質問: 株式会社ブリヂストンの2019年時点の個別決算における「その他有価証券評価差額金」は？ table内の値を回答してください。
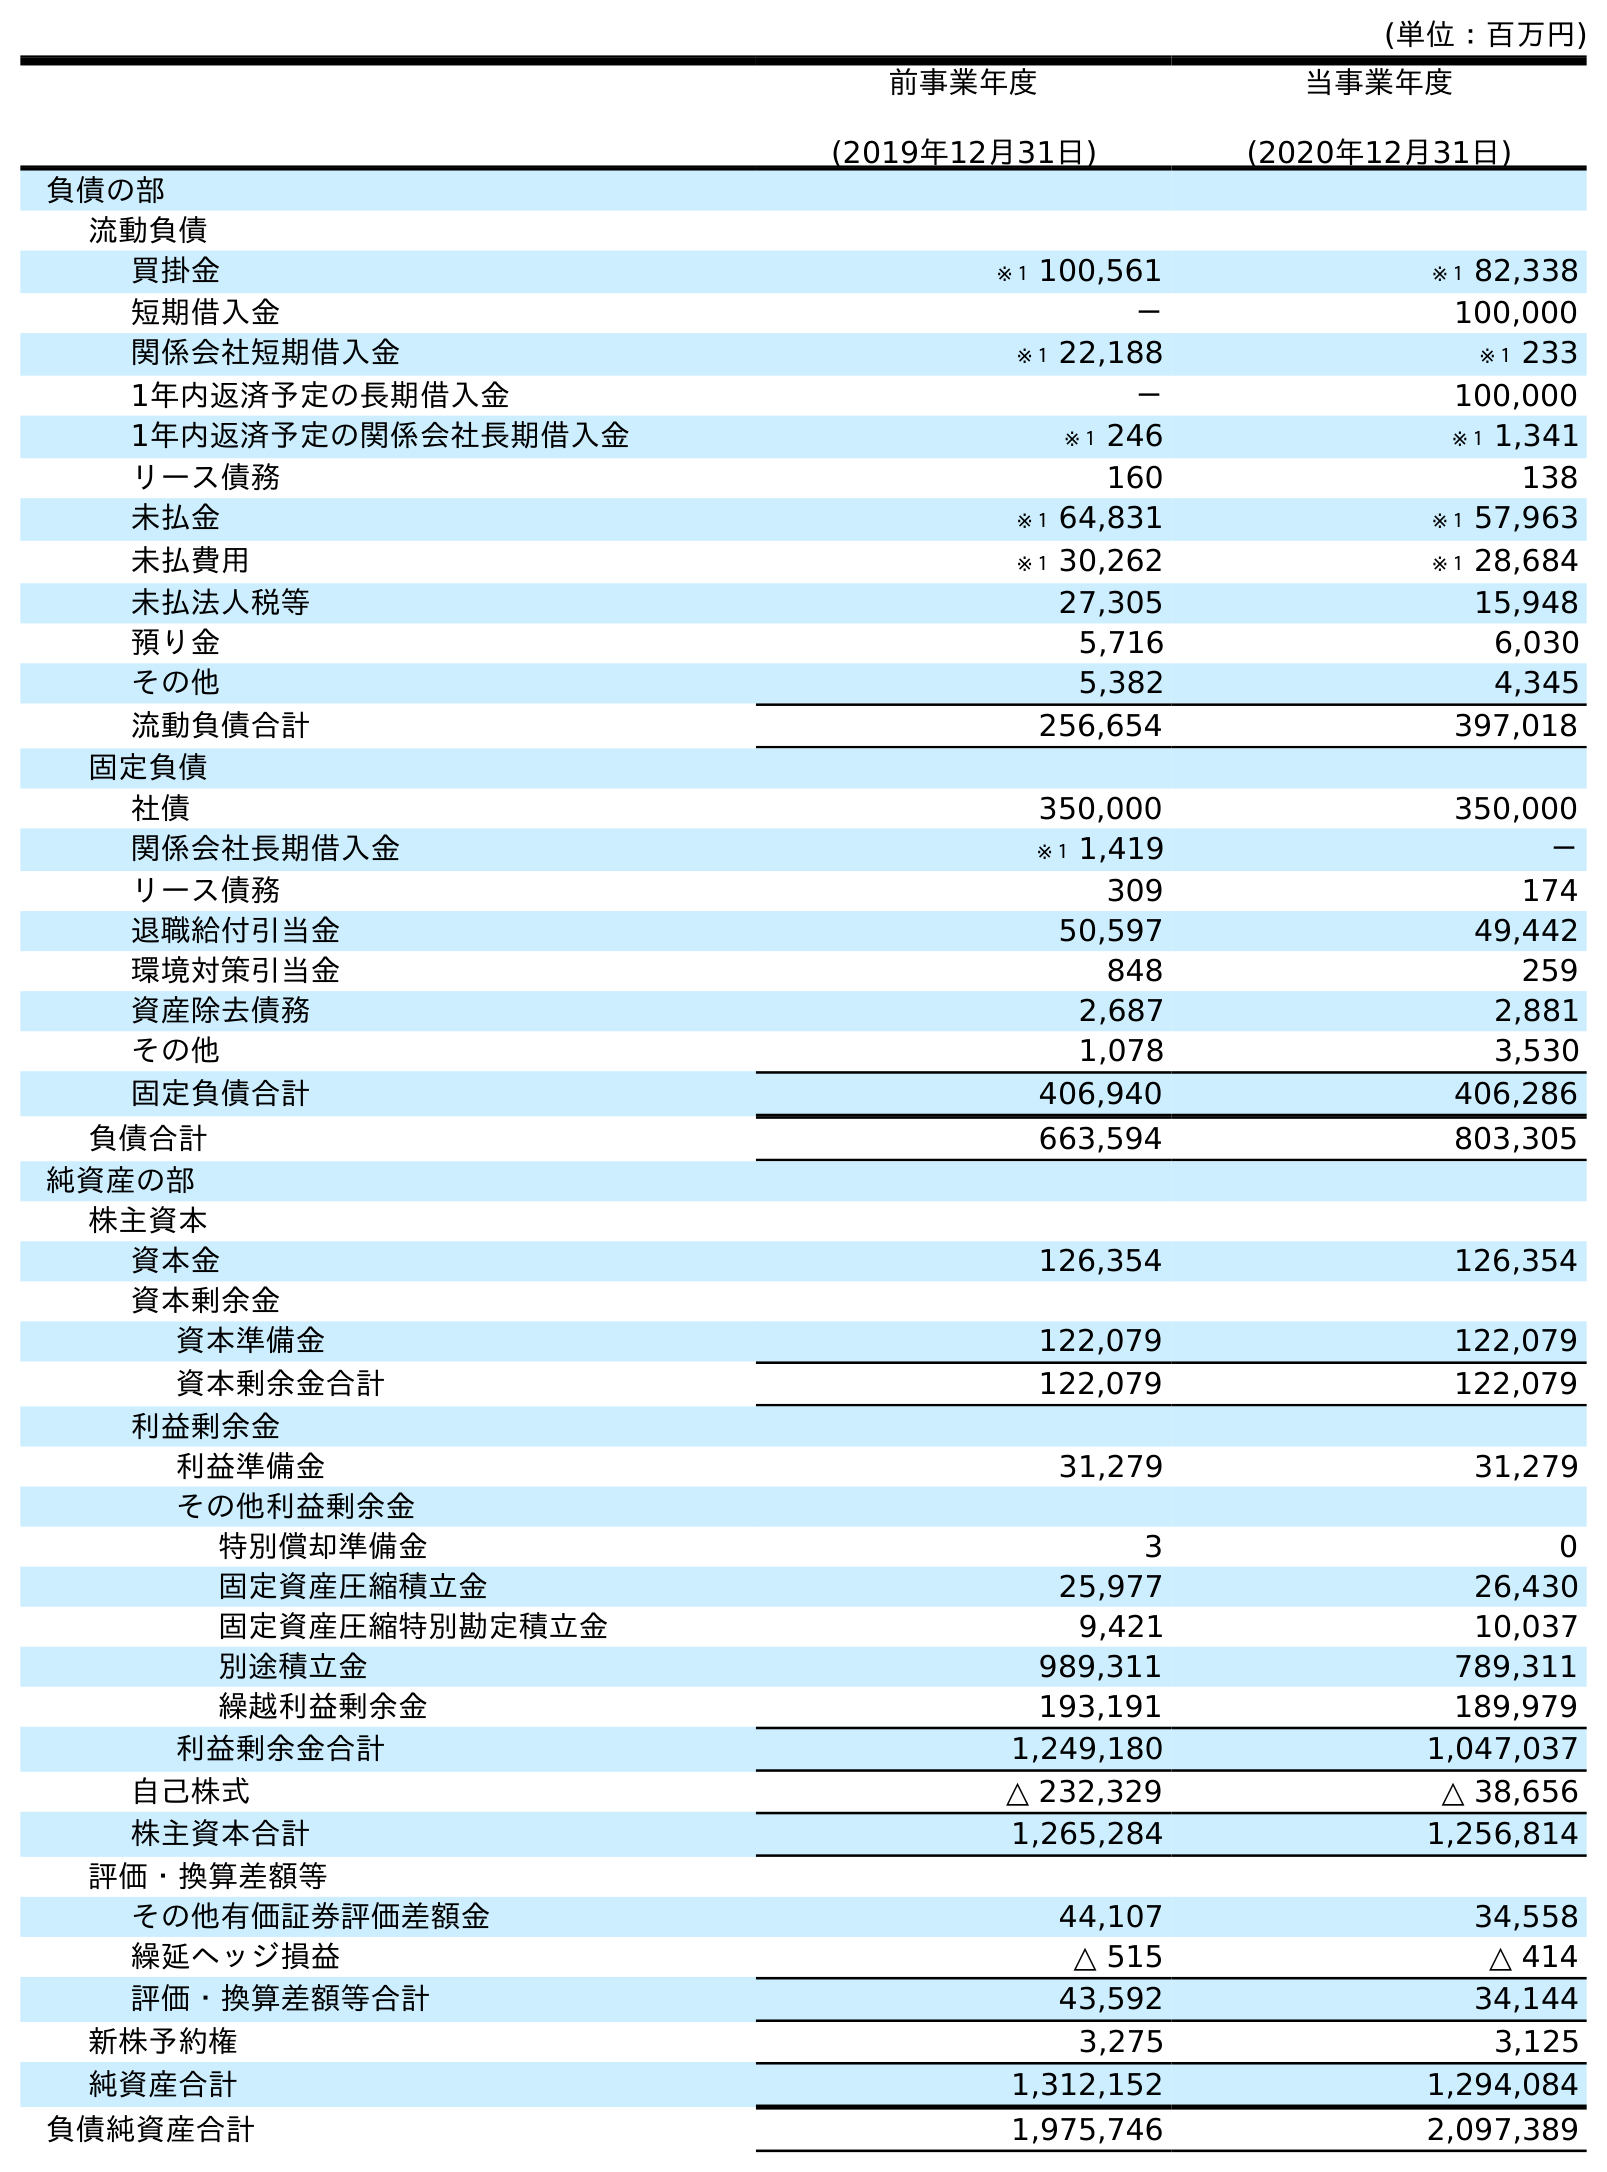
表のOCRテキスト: (単位：百万円) 前事業年度 (2019年12月31日) 当事業年度 (2020年12月31日) 負債の部 流動負債 買掛金 ※１ 100,561 ※１ 82,338 短期借入金 － 100,000 関係会社短期借入金 ※１ 22,188 ※１ 233 1年内返済予定の長期借入金 － 100,000 1年内返済予定の関係会社長期借入金 ※１ 246 ※１ 1,341 リース債務 160 138 未払金 ※１ 64,831 ※１ 57,963 未払費用 ※１ 30,262 ※１ 28,684 未払法人税等 27,305 15,948 預り金 5,716 6,030 その他 5,382 4,345 流動負債合計 256,654 397,018 固定負債 社債 350,000 350,000 関係会社長期借入金 ※１ 1,419 － リース債務 309 174 退職給付引当金 50,597 49,442 環境対策引当金 848 259 資産除去債務 2,687 2,881 その他 1,078 3,530 固定負債合計 406,940 406,286 負債合計 663,594 803,305 純資産の部 株主資本 資本金 126,354 126,354 資本剰余金 資本準備金 122,079 122,079 資本剰余金合計 122,079 122,079 利益剰余金 利益準備金 31,279 31,279 その他利益剰余金 特別償却準備金 3 0 固定資産圧縮積立金 25,977 26,430 固定資産圧縮特別勘定積立金 9,421 10,037 別途積立金 989,311 789,311 繰越利益剰余金 193,191 189,979 利益剰余金合計 1,249,180 1,047,037 自己株式 △ 232,329 △ 38,656 株主資本合計 1,265,284 1,256,814 評価・換算差額等 その他有価証券評価差額金 44,107 34,558 繰延ヘッジ損益 △ 515 △ 414 評価・換算差額等合計 43,592 34,144 新株予約権 3,275 3,125 純資産合計 1,312,152 1,294,084 負債純資産合計 1,975,746 2,097,389
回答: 44,107